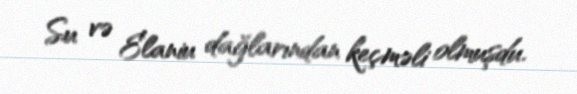
Su və Elaniu dağlarından keçməli olmuşdu.